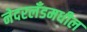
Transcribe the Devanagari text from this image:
नेदरलँडमधील